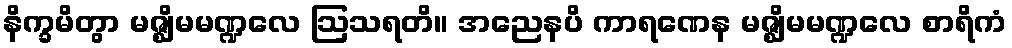
နိက္ခမိတွာ မဇ္ဈိမမဏ္ဍလေ ဩသရတိ။ အညေနပိ ကာရဏေန မဇ္ဈိမမဏ္ဍလေ စာရိကံ